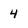
Character: 4